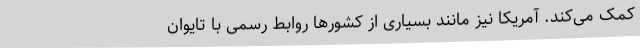
کمک می‌کند. آمریکا نیز مانند بسیاری از کشورها روابط رسمی با تایوان